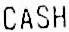
CASH